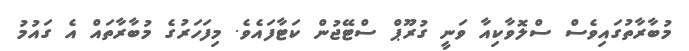
މުބާރާތުގައިވެސް ސްލޮވާކިއާ ވަނީ ގުރޫޕް ސްޓޭޖުން ކަޓާފައެވެ. މިފަހަރުގެ މުބާރާތައް އެ ގައުމު